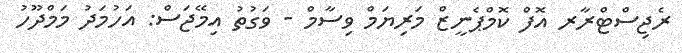
ރެޖިސްޓްރާރ އޮފް ކޮމްޕެނީޒް މަރިޔަމް ވިސާމް - ވަގުތު އިމޭޖަސް: އަހުމަދު މަމްދޫހު